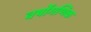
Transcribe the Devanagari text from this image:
वर्षोगणिक